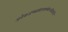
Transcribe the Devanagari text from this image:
अनेकजन्मसंप्राप्तकर्मबन्धविदाहिने